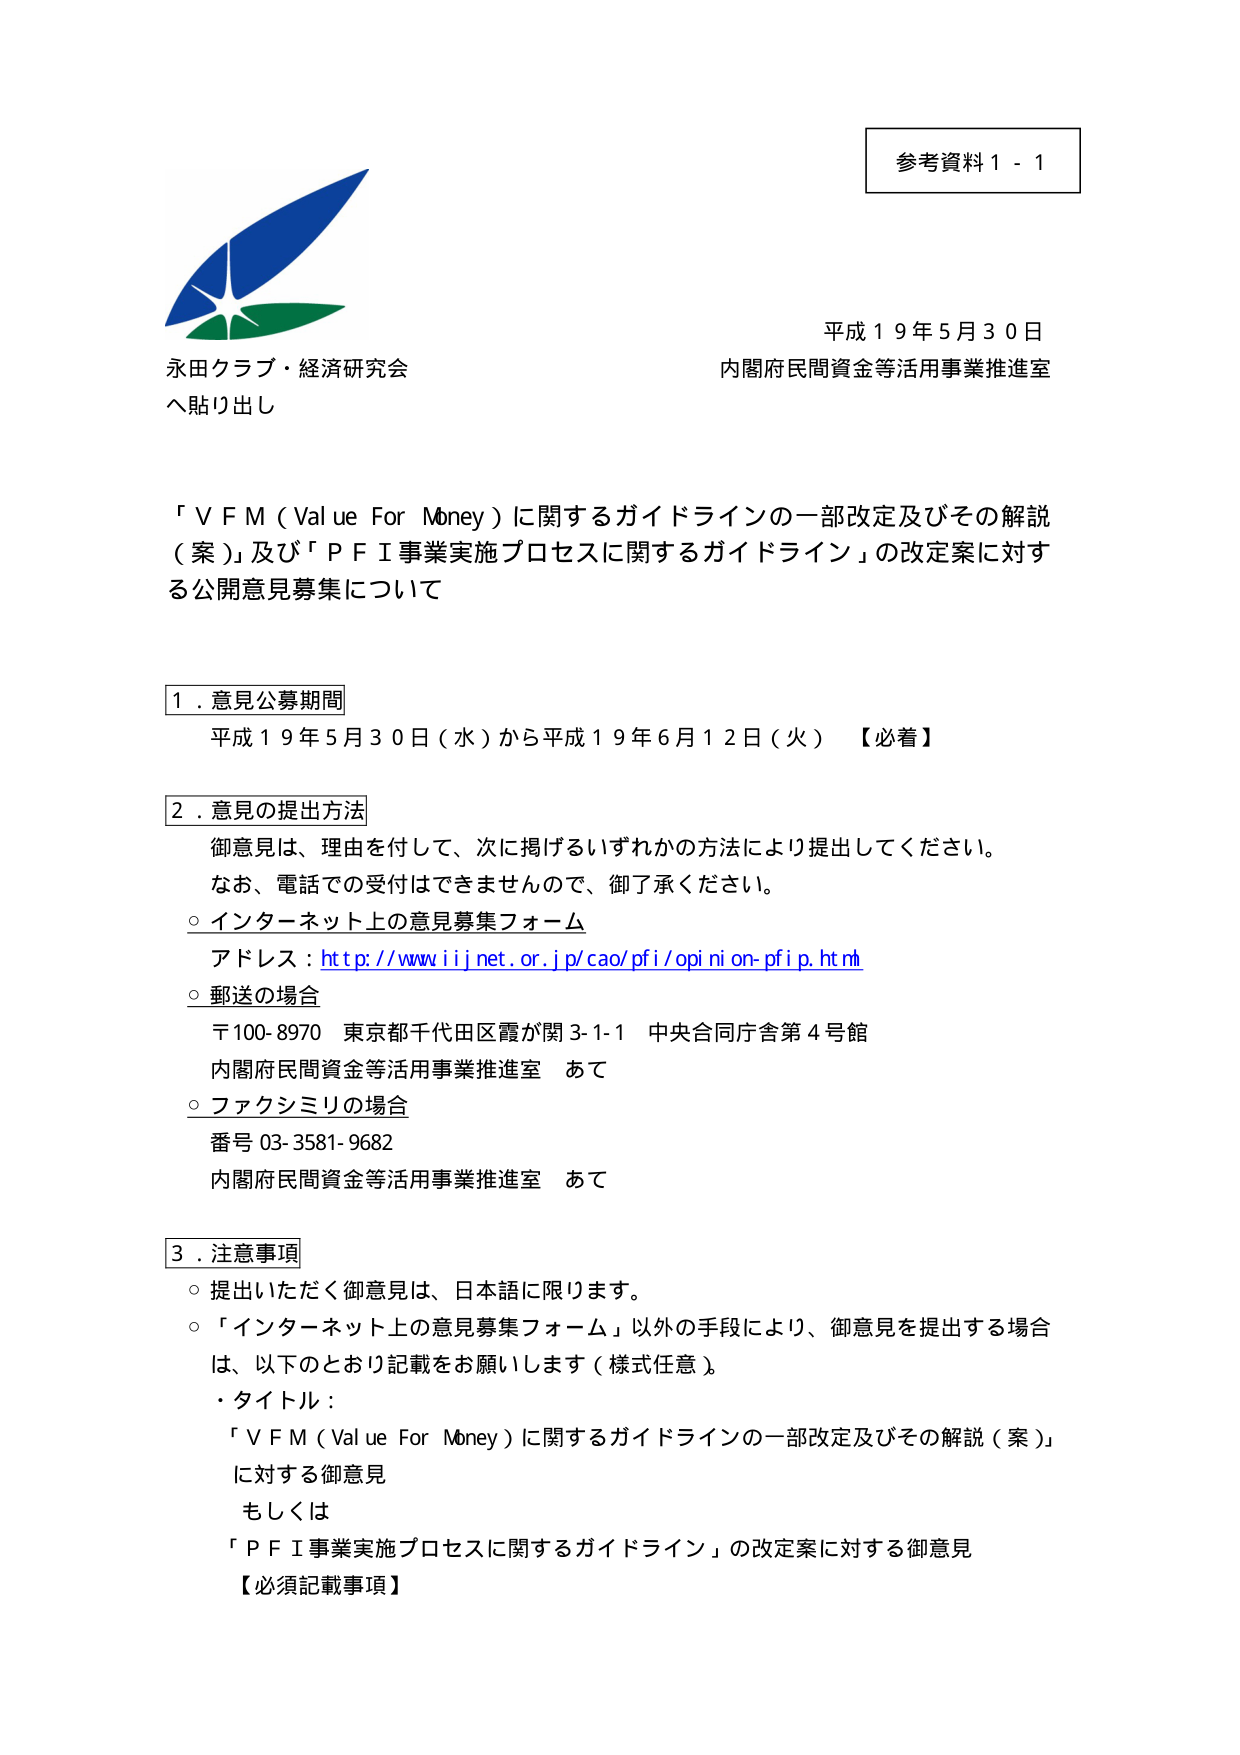
参考資料１－１

平成１９年５月３０日
内閣府民間資金等活用事業推進室

永田クラブ・経済研究会
へ貼り出し

「ＶＦＭ（Value For Money）に関するガイドラインの一部改定及びその解説（案）」及び「ＰＦＩ事業実施プロセスに関するガイドライン」の改定案に対する公開意見募集について

１．意見公募期間
平成１９年５月３０日（水）から平成１９年６月１２日（火）【必着】

２．意見の提出方法
御意見は、理由を付して、次に掲げるいずれかの方法により提出してください。
なお、電話での受付はできませんので、御了承ください。
○ インターネット上の意見募集フォーム
アドレス：http://www.iiijnet.or.jp/cao/pfi/opinion-pfi.p.html
○ 郵送の場合
〒100-8970 東京都千代田区霞が関3-1-1 中央合同庁舎第4号館
内閣府民間資金等活用事業推進室 あて
○ ファクシミリの場合
番号 03-3581-9682
内閣府民間資金等活用事業推進室 あて

３．注意事項
○ 提出いただく御意見は、日本語に限ります。
○ 「インターネット上の意見募集フォーム」以外の手段により、御意見を提出する場合は、以下のとおり記載をお願いします（様式任意）。
・タイトル：
「ＶＦＭ（Value For Money）に関するガイドラインの一部改定及びその解説（案）」に対する御意見
もしくは
「ＰＦＩ事業実施プロセスに関するガイドライン」の改定案に対する御意見
【必須記載事項】